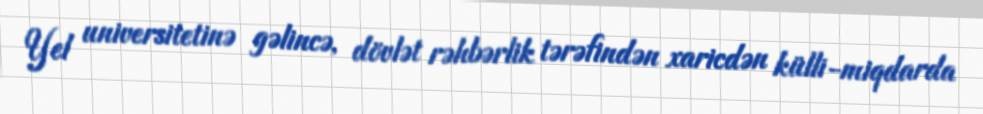
Yel universitetinə gəlincə, dövlət rəhbərlik tərəfindən xaricdən külli-miqdarda